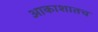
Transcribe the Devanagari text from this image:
आकाशातच